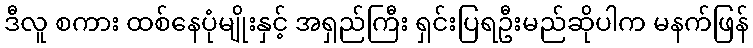
ဒီလူ စကား ထစ်နေပုံမျိုးနှင့် အရှည်ကြီး ရှင်းပြရဦးမည်ဆိုပါက မနက်ဖြန်